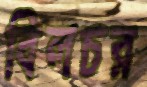
বিলচর